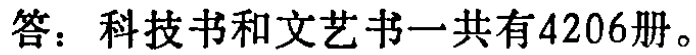
答：科技书和文艺书一共有4206册。